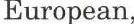
European,